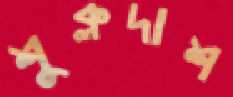
শুক্লদাশ